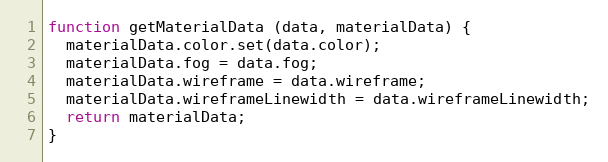
Language: JavaScript
function getMaterialData (data, materialData) {
  materialData.color.set(data.color);
  materialData.fog = data.fog;
  materialData.wireframe = data.wireframe;
  materialData.wireframeLinewidth = data.wireframeLinewidth;
  return materialData;
}